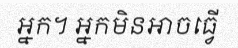
អ្នក។ អ្នកមិនអាចធ្វើ